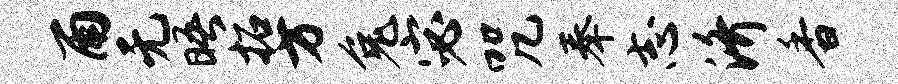
雨无晤拓方兔宓咒奉志济香